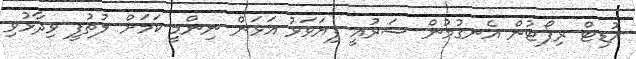
އޮޑިޓް ރިޕޯޓުން އެނގުމުން ޝަރުއީ ފިޔަވަޅު އަޅަން ނިންމީ ކަމަށް ލުތުފީ ވިދާޅުވި